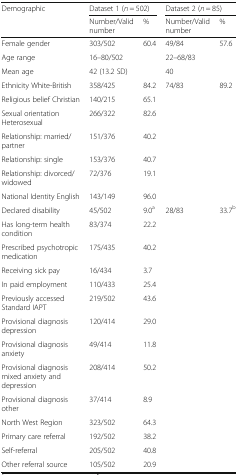
| <ROWSPAN=2> Demographic | <COLSPAN=2> Dataset 1 (n = 502) | <COLSPAN=2> Dataset 2 (n = 85) |
 | Number/Valid number | % | Number/Valid number | % |
 | --- | --- | --- | --- | --- |
 | Female gender | 303/502 | 60.4 | 49/84 | 57.6 |
 | Age range | <COLSPAN=2> 16–80/502 | <COLSPAN=2> 22–68/83 |
 | Mean age | <COLSPAN=2> 42 (13.2 SD) | <COLSPAN=2> 40 |
 | Ethnicity White-British | 358/425 | 84.2 | 74/83 | 89.2 |
 | Religious belief Christian | 140/215 | 65.1 | <COLSPAN=2>  |
 | Sexual orientation Heterosexual | 266/322 | 82.6 | <COLSPAN=2>  |
 | Relationship: married/partner | 151/376 | 40.2 | <COLSPAN=2>  |
 | Relationship: single | 153/376 | 40.7 | <COLSPAN=2>  |
 | Relationship: divorced/widowed | 72/376 | 19.1 | <COLSPAN=2>  |
 | National Identity English | 143/149 | 96.0 | <COLSPAN=2>  |
 | Declared disability | 45/502 | 9.0a | 28/83 | 33.7b |
 | Has long-term health condition | 83/374 | 22.2 | <COLSPAN=2>  |
 | Prescribed psychotropic medication | 175/435 | 40.2 | <COLSPAN=2>  |
 | Receiving sick pay | 16/434 | 3.7 | <COLSPAN=2>  |
 | In paid employment | 110/433 | 25.4 | <COLSPAN=2>  |
 | Previously accessed Standard IAPT | 219/502 | 43.6 | <COLSPAN=2>  |
 | Provisional diagnosis depression | 120/414 | 29.0 | <COLSPAN=2>  |
 | Provisional diagnosis anxiety | 49/414 | 11.8 | <COLSPAN=2>  |
 | Provisional diagnosis mixed anxiety and depression | 208/414 | 50.2 | <COLSPAN=2>  |
 | Provisional diagnosis other | 37/414 | 8.9 | <COLSPAN=2>  |
 | North West Region | 323/502 | 64.3 | <COLSPAN=2>  |
 | Primary care referral | 192/502 | 38.2 | <COLSPAN=2>  |
 | Self-referral | 205/502 | 40.8 | <COLSPAN=2>  |
 | Other referral source | 105/502 | 20.9 | <COLSPAN=2>  |